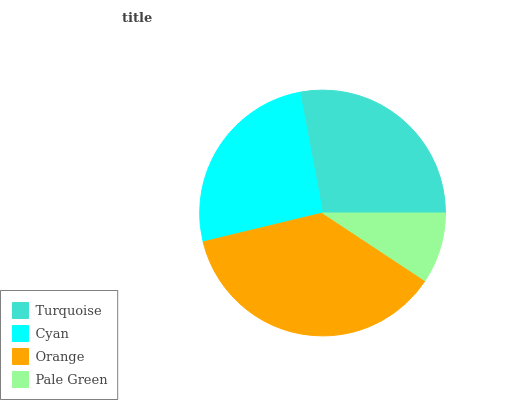
| Turquoise | Cyan | Orange | Pale Green |
 | --- | --- | --- | --- |
 | 28% | 25.8% | 36.9% | 9.29% |